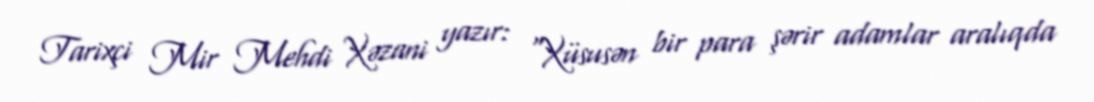
Tarixçi Mir Mehdi Xəzani yazır: "Xüsusən bir para şərir adamlar aralıqda